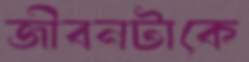
জীবনটাকে